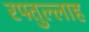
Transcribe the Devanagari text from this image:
रफ्तुल्लाह